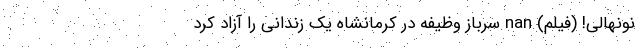
نونهالی! (فیلم) nan سرباز وظیفه در کرمانشاه یک زندانی را آزاد کرد